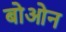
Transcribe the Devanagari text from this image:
बोओन